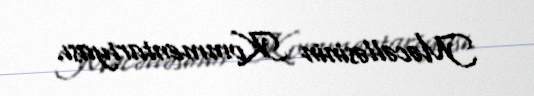
Məcəlləsinin Kommentariyası.